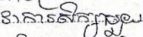
វាជាការសិក្សាមួយ